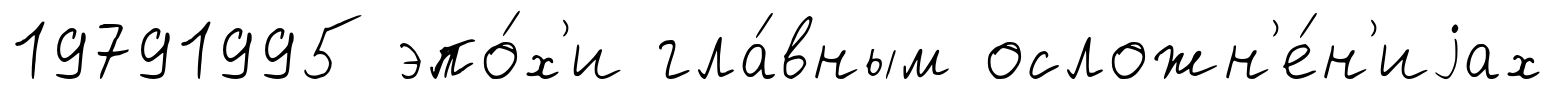
19791995 эпо́х'и гла́вным осложн'е́н'иjах